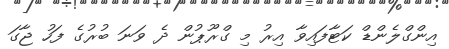
އިންގްލެންޑް ކަޓާފައިވާ އިރު މި ގްރޫޕުން ދެ ވަނަ ބުރުގެ ފަހު ޖާގަ